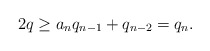
\begin{align*}2q \geq a_n q_{n - 1} + q_{n - 2} = q_n.\end{align*}